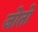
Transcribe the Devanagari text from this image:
जोतो